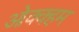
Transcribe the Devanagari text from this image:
ओक्क्हम